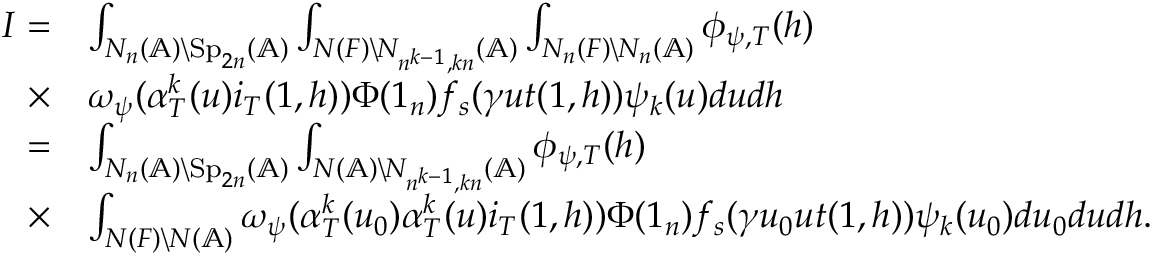
\begin{array} { r l } { I = } & { \int _ { N _ { n } ( \mathbb { A } ) \backslash \mathrm { S p } _ { 2 n } ( \mathbb { A } ) } \int _ { N ( F ) \backslash N _ { n ^ { k - 1 } , k n } ( \mathbb { A } ) } \int _ { N _ { n } ( F ) \backslash N _ { n } ( \mathbb { A } ) } \phi _ { \psi , T } ( h ) } \\ { \times } & { \omega _ { \psi } ( \alpha _ { T } ^ { k } ( u ) i _ { T } ( 1 , h ) ) \Phi ( 1 _ { n } ) f _ { s } ( \gamma u t ( 1 , h ) ) \psi _ { k } ( u ) d u d h } \\ { = } & { \int _ { N _ { n } ( \mathbb { A } ) \backslash \mathrm { S p } _ { 2 n } ( \mathbb { A } ) } \int _ { N ( \mathbb { A } ) \backslash N _ { n ^ { k - 1 } , k n } ( \mathbb { A } ) } \phi _ { \psi , T } ( h ) } \\ { \times } & { \int _ { N ( F ) \backslash N ( \mathbb { A } ) } \omega _ { \psi } ( \alpha _ { T } ^ { k } ( u _ { 0 } ) \alpha _ { T } ^ { k } ( u ) i _ { T } ( 1 , h ) ) \Phi ( 1 _ { n } ) f _ { s } ( \gamma u _ { 0 } u t ( 1 , h ) ) \psi _ { k } ( u _ { 0 } ) d u _ { 0 } d u d h . } \end{array}